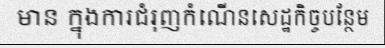
មាន ក្នុងការជំរុញកំណើនសេដ្ឋកិច្ចបន្ថែម